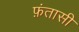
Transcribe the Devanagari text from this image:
फ़ंतासी